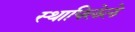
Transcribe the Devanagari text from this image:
स्थापिलेले